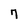
Character: 7